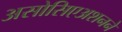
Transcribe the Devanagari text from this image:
असोसिएअशनने